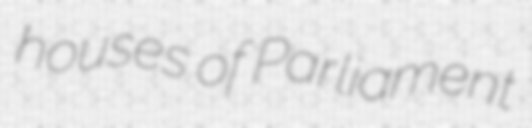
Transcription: houses of Parliament